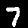
Digit: 7